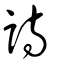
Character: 詩